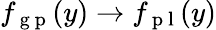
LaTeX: f_{\mathrm{~g~p~}}(y)\rightarrow f_{\mathrm{~p~l~}}(y)